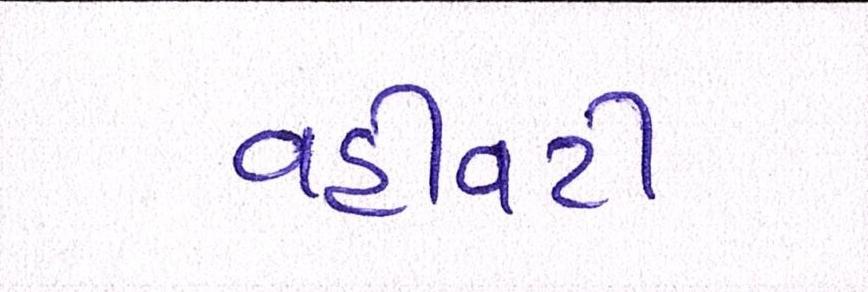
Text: વહીવટી